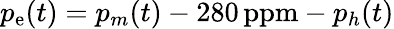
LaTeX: p_{\mathrm{e}}(t)=p_{m}(t)-280\, \mathrm{{ppm}}-p_{h}(t)